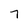
Character: 7